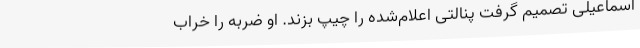
اسماعیلی تصمیم گرفت پنالتی اعلام‌شده را چیپ بزند. او ضربه را خراب